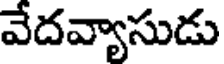
వేదవ్యాసుడు